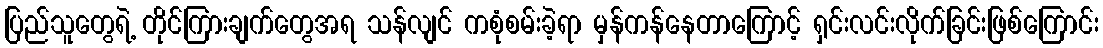
ပြည်သူတွေရဲ့ တိုင်ကြားချက်တွေအရ သန်လျင် ကစုံစမ်းခဲ့ရာ မှန်ကန်နေတာကြောင့် ရှင်းလင်းလိုက်ခြင်းဖြစ်ကြောင်း